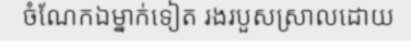
ចំណែកឯម្នាក់ទៀត រងរបួសស្រាលដោយ